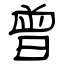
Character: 曾